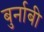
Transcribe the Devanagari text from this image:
बुर्नाबी